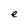
Character: e